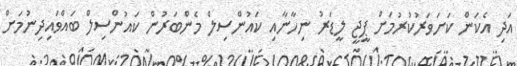
އަދި އެކަން ކަށަވަރުކުރުމަށް ޕީޖީ ލީޑަރު ނިހާނާއި ކައުންސިލް މެންބަރުން ކައުންސިލް ބައްވައިދިނުމަށް